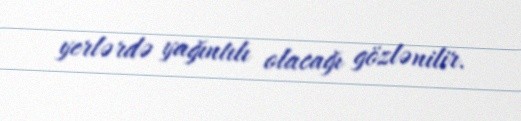
yerlərdə yağıntılı olacağı gözlənilir.